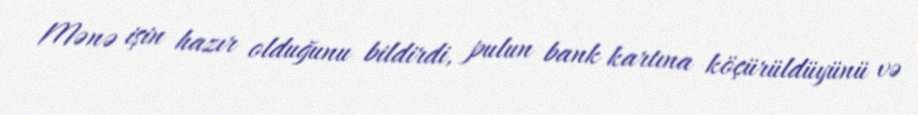
Mənə işin hazır olduğunu bildirdi, pulun bank kartına köçürüldüyünü və